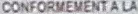
CONFORMEMENT A LA